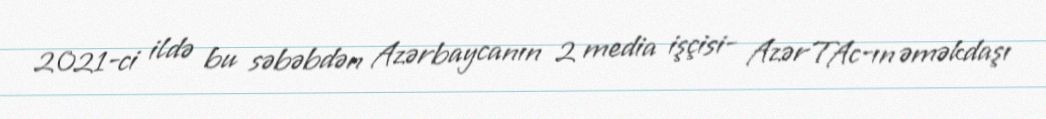
2021-ci ildə bu səbəbdən Azərbaycanın 2 media işçisi- AzərTAc-ın əməkdaşı